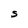
Character: S